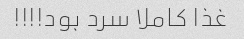
غذا کاملا سرد بود!!!!